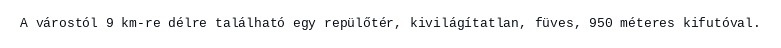
A várostól 9 km-re délre található egy repülőtér, kivilágítatlan, füves, 950 méteres kifutóval.